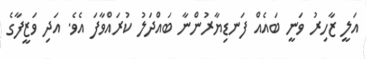
އަލީ ޒާހިރު ވަނީ ބައެއް ފަނޑިޔާރުންނާ ބައްދަލު ކުރައްވާފަ އެވެ. އަދި ވަޒީފާގެ